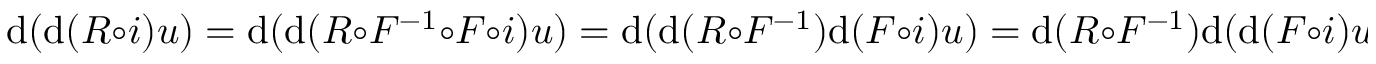
\mathrm { d } ( \mathrm { d } ( R \circ i ) u ) = \mathrm { d } ( \mathrm { d } ( R \circ F ^ { - 1 } \circ F \circ i ) u ) = \mathrm { d } ( \mathrm { d } ( R \circ F ^ { - 1 } ) \mathrm { d } ( F \circ i ) u ) = \mathrm { d } ( R \circ F ^ { - 1 } ) \mathrm { d } ( \mathrm { d } ( F \circ i ) u ) .